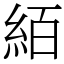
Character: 絔